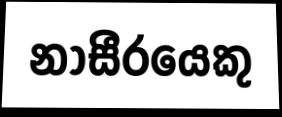
නාසීරයෙකු